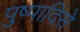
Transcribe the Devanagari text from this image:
पुष्पादिसे